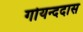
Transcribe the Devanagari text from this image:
गोयन्ददास